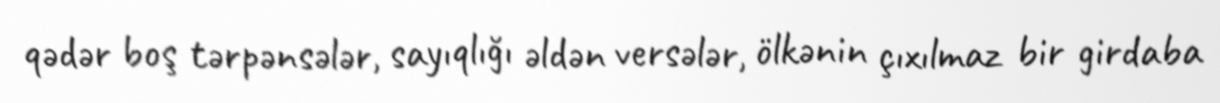
qədər boş tərpənsələr, sayıqlığı əldən versələr, ölkənin çıxılmaz bir girdaba